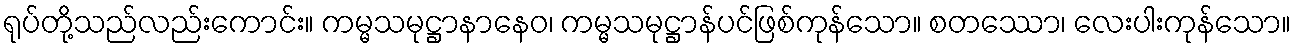
ရုပ်တို့သည်လည်းကောင်း။ ကမ္မသမုဋ္ဌာနာနေဝ၊ ကမ္မသမုဋ္ဌာန်ပင်ဖြစ်ကုန်သော။ စတဿော၊ လေးပါးကုန်သော။